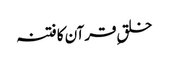
خلقِ قرآن کا فتنہ